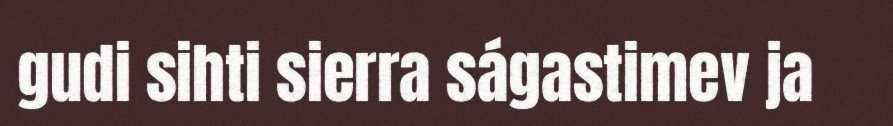
gudi sihti sierra ságastimev ja